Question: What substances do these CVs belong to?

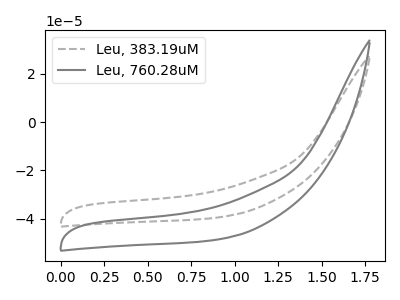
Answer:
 <answer>The gray dashed curve is labeled "Leu, 383.19uM". The gray curve is labeled "Leu, 760.28uM".</answer>
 <eval></eval>